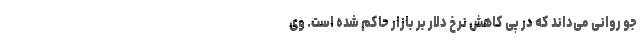
جو روانی می‌داند که در پی کاهش نرخ دلار بر بازار حاکم شده است. وی